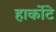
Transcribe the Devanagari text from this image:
हार्कोटे